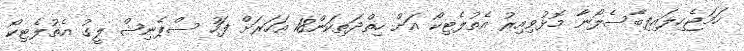
ހަމަޖެހިލައިފިބާސެލޯނާ މޮޅުވިއިރު އެތުލެޓިކޯ އަށް ހިތްދަތިކަން18 އަހަރަށް ފަހު ސްޕެނިޝް ލީގު އެތުލެޓިކޯ